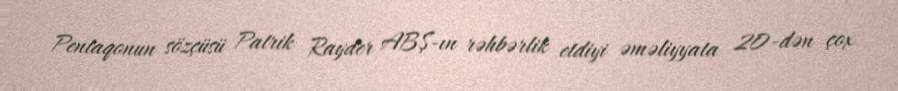
Pentaqonun sözçüsü Patrik Rayder ABŞ-ın rəhbərlik etdiyi əməliyyata 20-dən çox